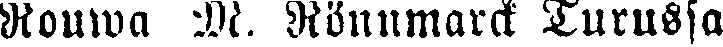
Rouwa M. Rönnmarck Turussa